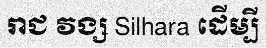
រាជ វង្ស Silhara ដើម្បី